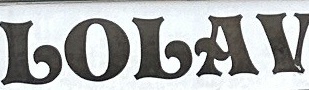
LOLAV